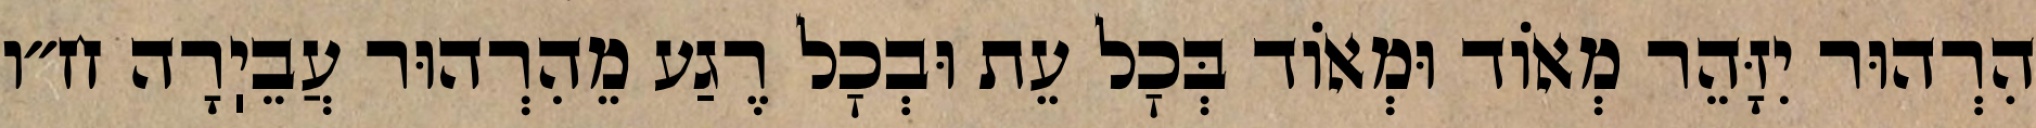
הִרְהוּר יִזָּהֵר מְאוֹד וּמְאוֹד בְּכׇל עֵת וּבְכׇל רֶגַע מֵהִרְהוּר עֲבֵיֽרָה ח״ו